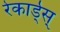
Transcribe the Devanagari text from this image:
रेकार्ड्स्